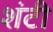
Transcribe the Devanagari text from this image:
शंटी